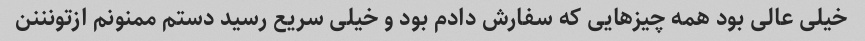
خیلی عالی بود همه چیزهایی که سفارش دادم بود و خیلی سریع رسید دستم ممنونم ازتونننن